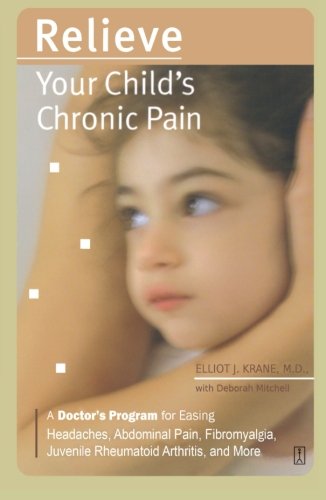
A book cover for Relieve Your Child's Chronic Pain: A Doctor's Program for Easing Headaches, Abdominal Pain, Fibromyalgia, Juvenile Rheumatoid Arthritis, and More (Lynn Sonberg Books); M.D. Elliot J. Krane M.D.; Health, Fitness & Dieting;